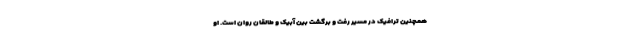
همچنین ترافیک در مسیر رفت و برگشت بین آبیک و طالقان روان است. او